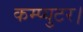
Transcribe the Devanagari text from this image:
कम्प्युटर।